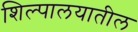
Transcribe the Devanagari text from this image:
शिल्पालयातील